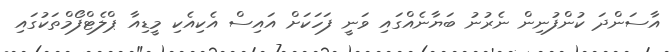
އާސަންދަ ކުންފުނިން ނެރުނު ބަޔާނެއްގައި ވަނީ ފަހަކަށް އައިސް އެކިއެކި މީޑިއާ ޕްލެޓްފޯމްތަކުގައި